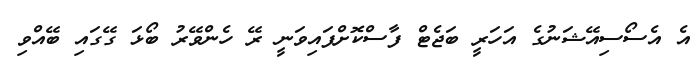
އެ އެސޯސިއޭޝަނުގެ އަހަރީ ބަޖެޓް ފާސްކޮށްފައިވަނީ ރޭ ހެންވޭރު ބޯޅަ ގޭގައި ބޭއްވި